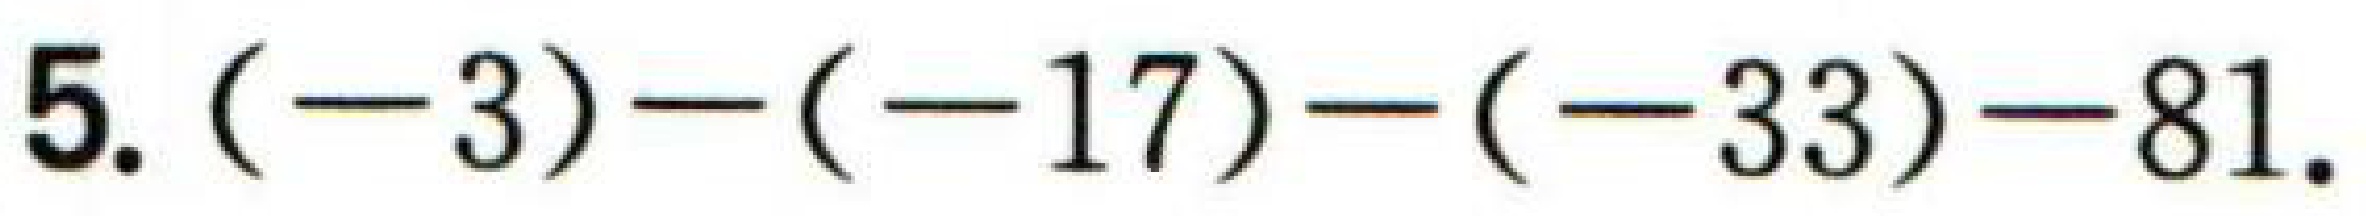
$5.(-3)-(-17)-(-33)-81.$